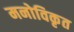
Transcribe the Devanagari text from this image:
मनोविकृत